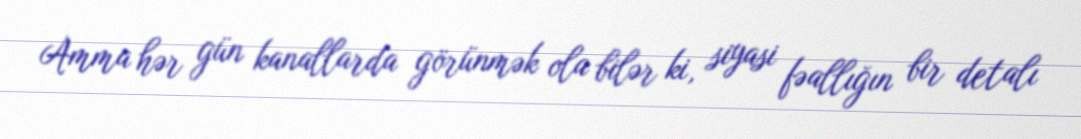
Amma hər gün kanallarda görünmək ola bilər ki, siyasi fəallığın bir detalı